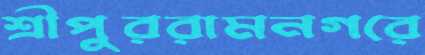
শ্রীপুররামনগরে